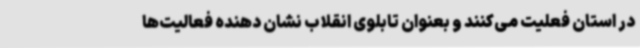
در استان فعلیت می‌کنند و بعنوان تابلوی انقلاب نشان دهنده فعالیت‌ها